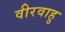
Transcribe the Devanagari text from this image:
वीरवाहु